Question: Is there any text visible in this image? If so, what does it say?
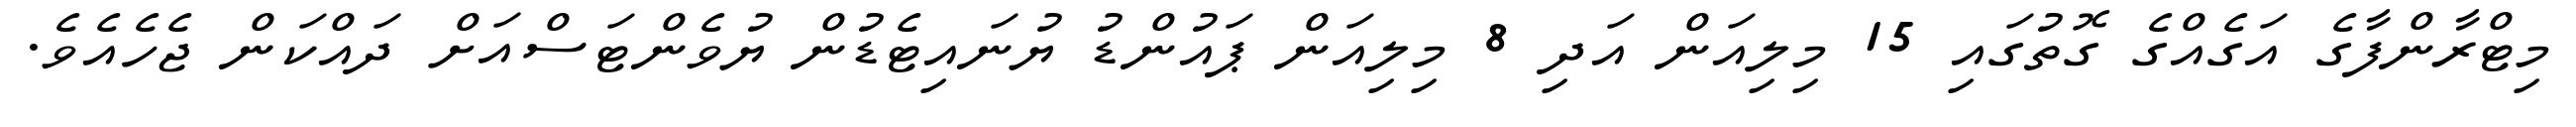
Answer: މިޓްރާންފާގެ އަގެއްގެ ގޮތުގައި 15 މިލިއަން އަދި 8 މިލިއަން ޕައުންޑު ޔުނައިޓެޑުން ޔުވެންޓަސްއަށް ދައްކަން ޖެހެއެވެ.